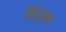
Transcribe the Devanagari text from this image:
हिंदूजन